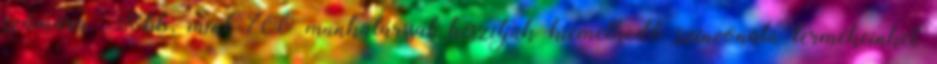
számára. Több, mint 700 munkatárssal készítjük kiemelkedő színvonalú termékeinket